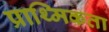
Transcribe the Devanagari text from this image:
प्राथ्मिकता